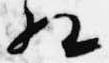
相